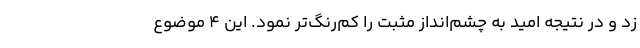
زد و در نتیجه امید به چشم‌انداز مثبت را کم‌رنگ‌تر نمود. این ۴ موضوع